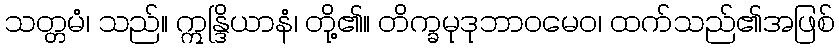
သတ္တမံ၊ သည်။ ဣန္ဒြိယာနံ၊ တို့၏။ တိက္ခမုဒုဘာဝမေဝ၊ ထက်သည်၏အဖြစ်